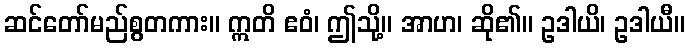
ဆင်တော်မည်စွတကား။ ဣတိ ဧဝံ၊ ဤသို့။ အာဟ၊ ဆို၏။ ဥဒါယိ၊ ဥဒါယီ။